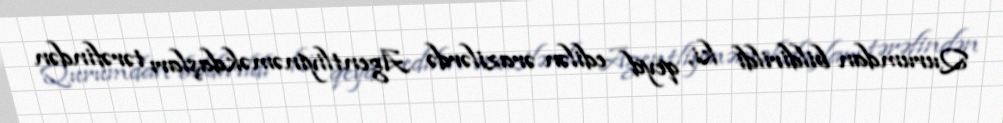
Qurumdan bildirildi ki, qeyd edilən ərazilərdə Agentliyinəməkdaşları tərəfindən